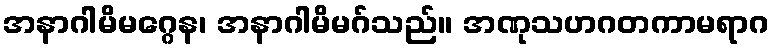
အနာဂါမိမဂ္ဂေန၊ အနာဂါမိမဂ်သည်။ အဏုသဟဂတကာမရာဂ